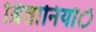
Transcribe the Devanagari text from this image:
ब्रितानियोंें